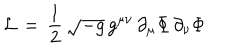
LaTeX: { \cal L } \, = \, { \frac { 1 } { 2 } } \, \sqrt { - g } \, g ^ { \mu \nu } \, \partial _ { \mu } \Phi \, \partial _ { \nu } \Phi